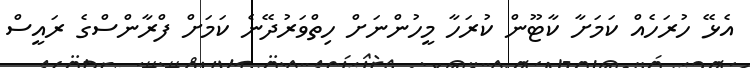
އެޅޭ ހުރަހެއް ކަމަށާ ކާޓޫން ކުރަހާ މީހުންނަށް ހިތްވަރުދޭނެ ކަމަށް ފްރާންސްގެ ރައީސް